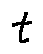
t